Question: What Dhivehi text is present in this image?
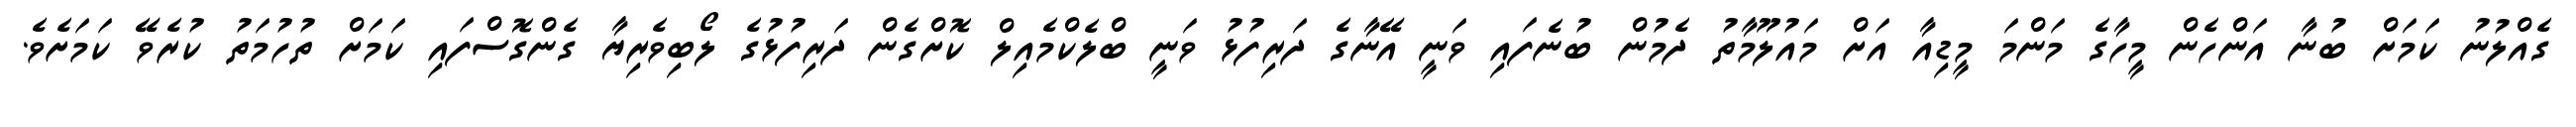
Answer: ގެއްލުނު ކަމަށް ބުނާ އަންހެން މީހާގެ މަންމަ މީޑިއާ އަށް މައުލޫމާތު ދެމުން ބުނެފައި ވަނީ އޭނާގެ ދަރިފުޅު ވަނީ ބްލެކްމެއިލް ކޮށްގެން ދަރިފުޅުގެ ލޯބިވެރިޔާ ގެންގޮސްފައި ކަމަށް ތުހުމަތު ކުރެވޭ ކަމަށެވެ.